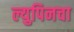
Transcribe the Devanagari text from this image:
ल्युपिनचा